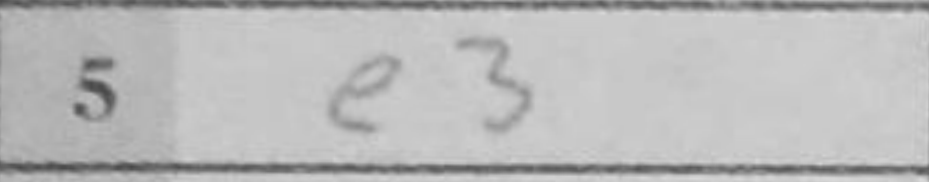
Transcription: e3